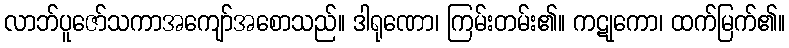
လာဘ်ပူဇော်သကာအကျော်အစောသည်။ ဒါရုဏော၊ ကြမ်းတမ်း၏။ ကဋုကော၊ ထက်မြက်၏။